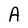
Character: A